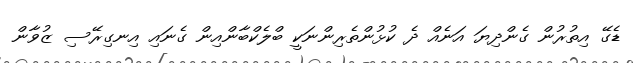
ޑެގޭ އިތުރުން ގެންދިޔަ އަނެއް ދެ ކުޅުންތެރިންނަކީ ބްލެކްބާންއިން ގެނައި އިނގިރޭސި ޒުވާން